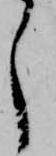
し